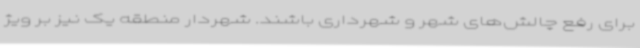
برای رفع چالش‌های شهر و شهرداری باشند. شهردار منطقه یک نیز بر ویژ